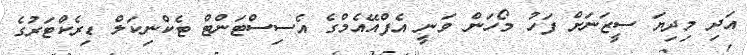
އަދި މިދިޔަ ސީޒަނަށް ފަހު މޯހަން ވަނީ އެފްއޭއެމްގެ އެސިސްޓަންޓް ޓެކްނިކަލް ޑިރެކްޓަރުގެ